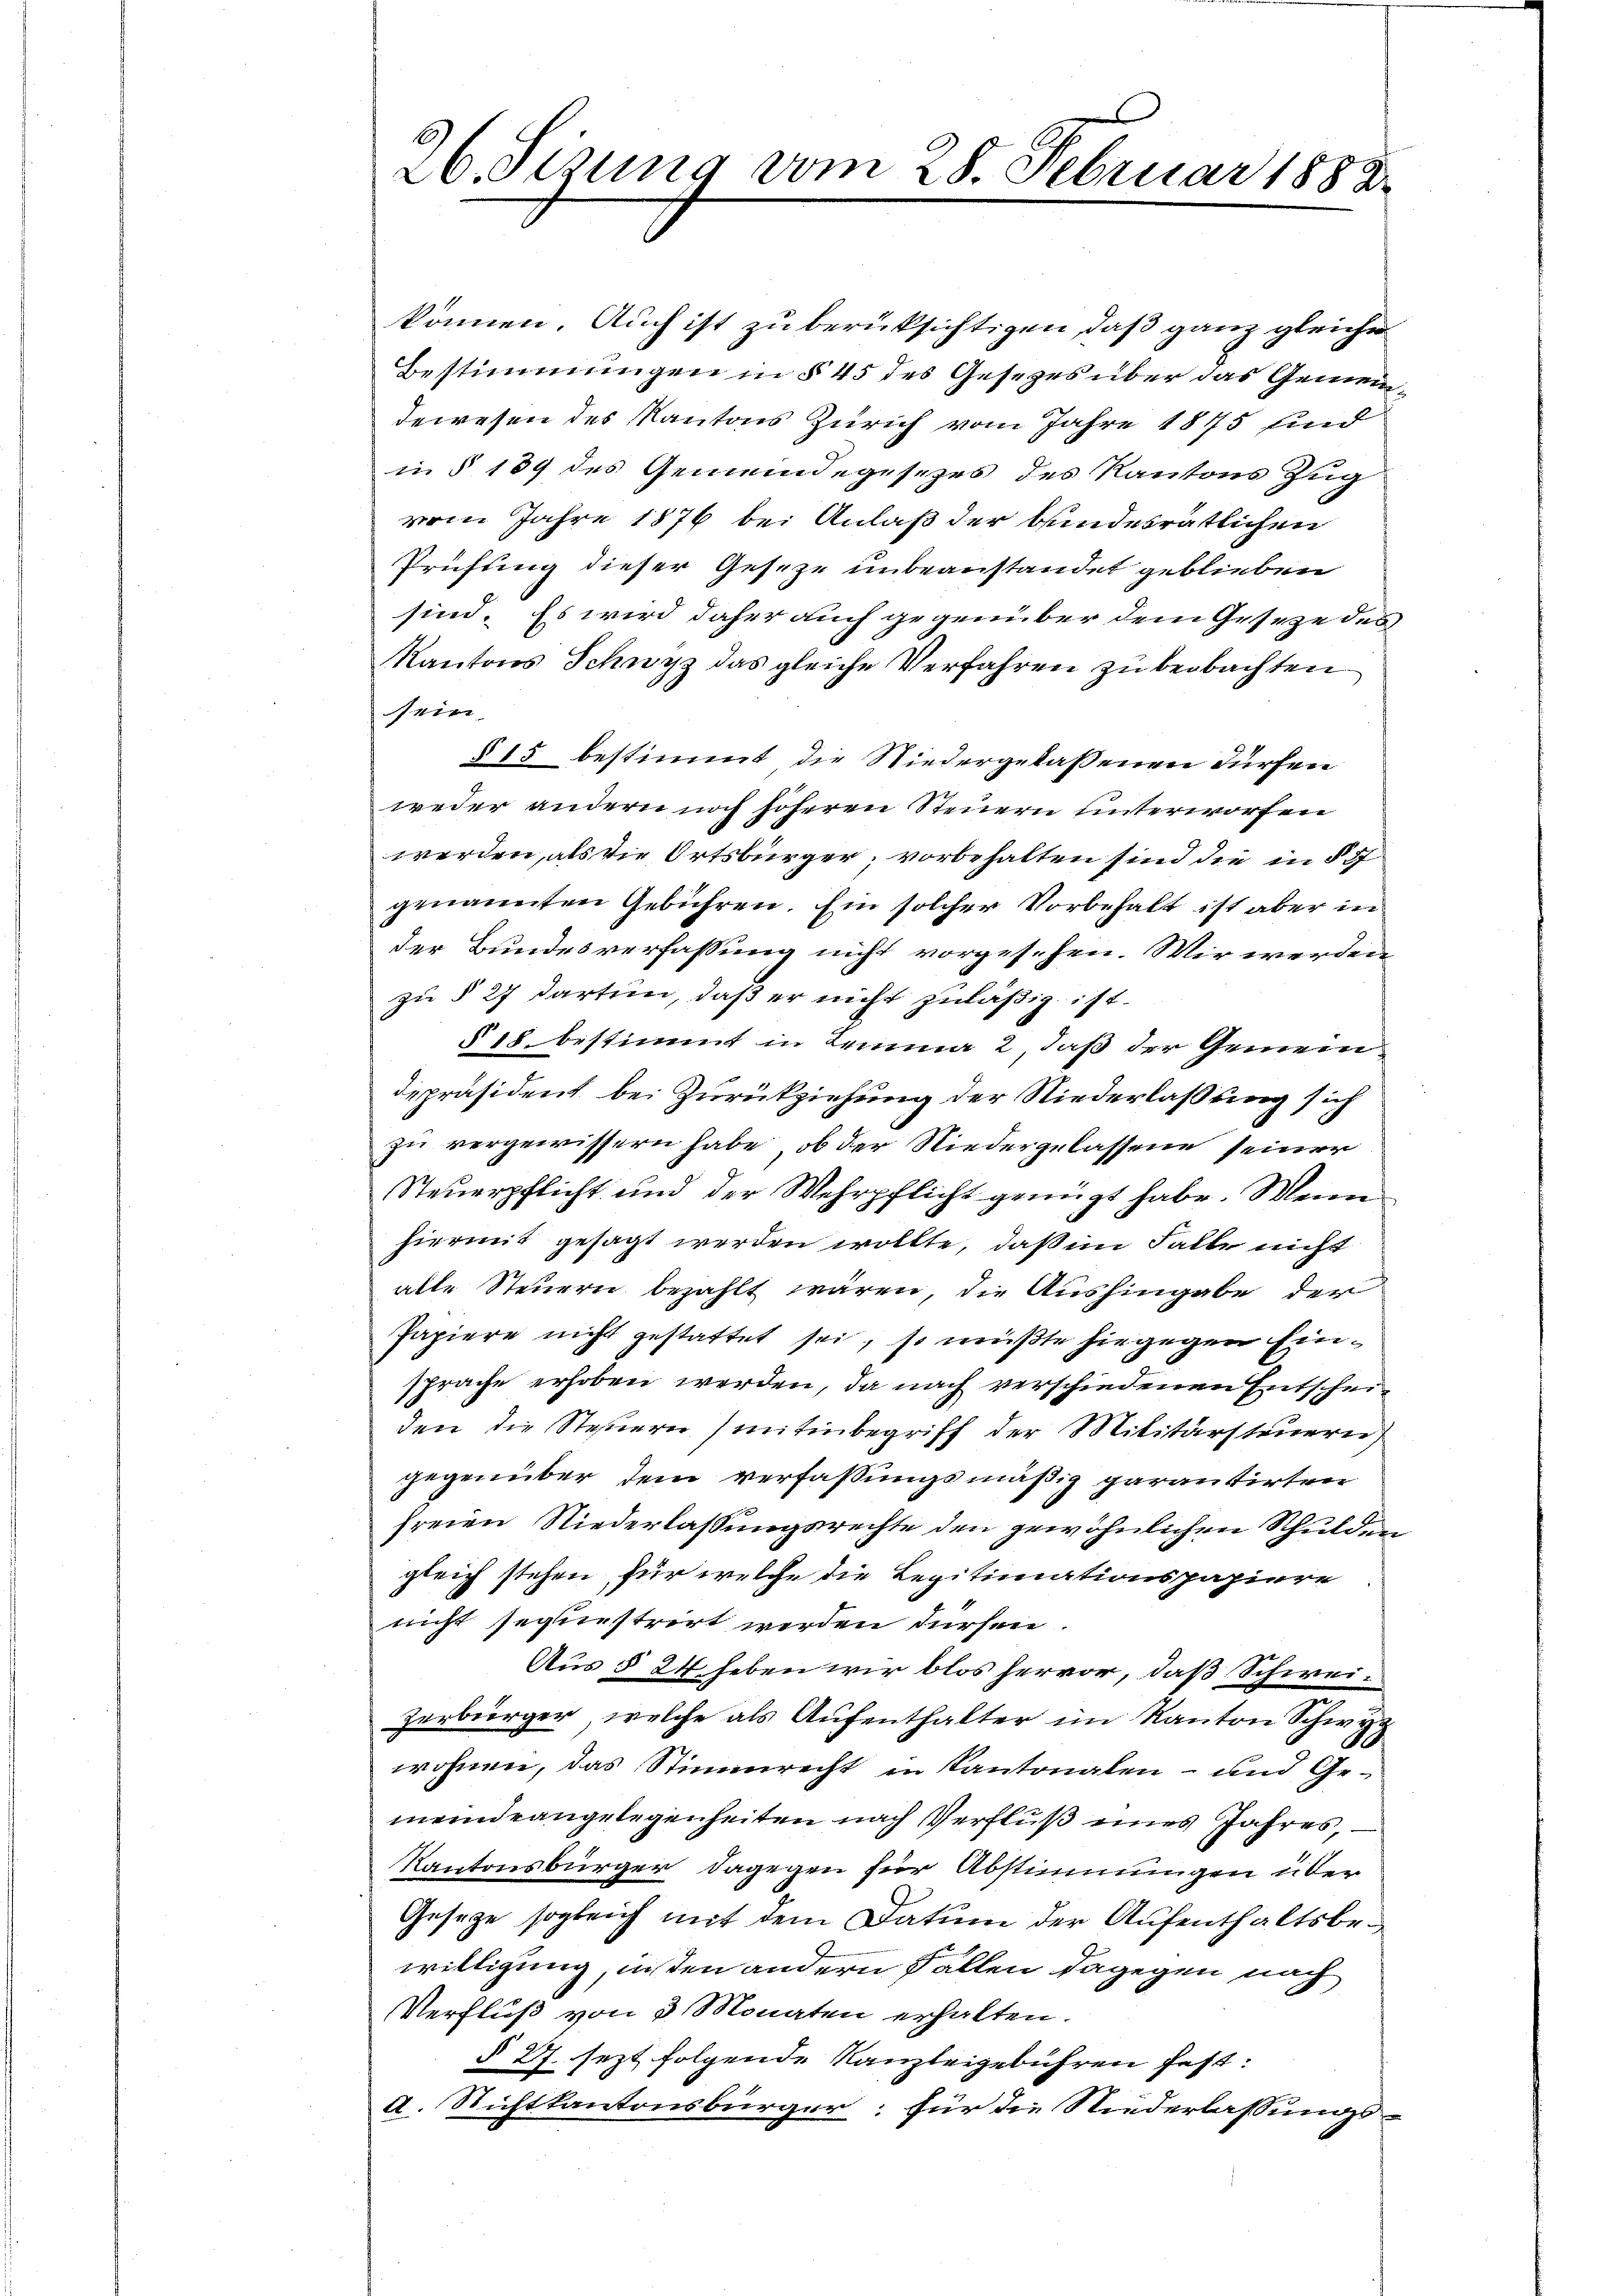
können. Auch ist zu berüksichtigen, daß ganz gleiche
Bestimmungen in § 45 des Gesezes über das Gemeindewesen des Kantons Zürich vom Jahre 1875 sind
in § 189 des Gemeindegesezes des Kantons Zug
vom Jahre 1876 bei Anlaß der bundesrätlichen
Prüfung dieser Geseze unbeanstandet geblieben
sind. Es wird daher auch gegenüber dem Geseze des
Kantons Schwyz das gleiche Verfahren zu beobachten
sein.
§ 15 bestimmt die Niedergelassenen dürfen
weder andern noch höheren Steuern unterworfen
werden, als die Ortsbürger, vorbehalten sind die in § 7
genannten Gebühren. Ein solcher Vorbehalt ist aber in
der Bundesverfassung nicht vorgesehen. Wir werden
zu § 27 dartun, daß er nicht zuläßig ist
§ 18 bestimmt in Lemma 2 daß der Gemeindepräsident bei Zurückziehung der Niederlaßung sich
zu vergewissern habe, ob der Niedergelassene seiner
Steuerpflicht und der Wehrpflicht genügt habe. Wenn
hiermit gesagt werden wollte, daß im Falle nicht
alle Steuern bezahlt wären, die Aushingabe der
Papiere nicht gestattet sei, so müßte hingegen Einsprache erhoben werden, da nach verschiedenen Entscheiden die Steuern (mitinbegriff der Militärsteuern
gegenüber dem verfaßungsmäßig garantirten
freien Niederlassungsrechte den gewöhnlichen Schulden
gleich stehen, für welche die Legitimationspapiere
nicht sequestrirt werden dürfen
Aus § 24 heben wir blos hervor, daß Schweizerbürger, welche als Aufenthalter im Kanton Schwyz
wohnen, das Stimmrecht in Kantonalen- und Gemeindeangelegenheiten nach Verfluß eines Jahres,
Kantonsbürger, dagegen für Abstimmungen über
Geseze sogleich mit dem Datum der Aufenthaltsbewilligung, insten andern Fallen dagegen nach
Verfluß von 3 Monaten erhalten.
§ 27. Jezt folgende Kanzleigebühren fest:
d. Nichtkantonsbürger; für die Niederlassungs-

26. Sizung vom 28. Februar 1882